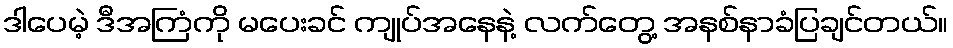
ဒါပေမဲ့ ဒီအကြံကို မပေးခင် ကျုပ်အနေနဲ့ လက်တွေ့ အနစ်နာခံပြချင်တယ်။